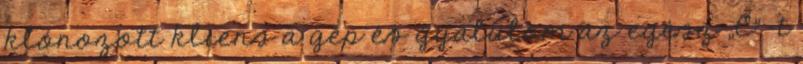
klónozott kliens a gép és gyalulom az egész „C”-t